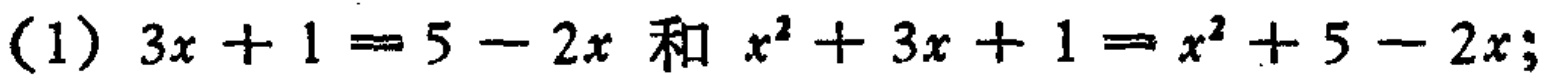
(1) \(3x + 1 = 5 - 2x\) 和 \(x^{2}+3x + 1 = x^{2}+5 - 2x\);